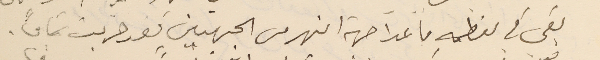
بقي في معظمهِ ما عدا جهة النهر من الجهتين فقد خربت تمامًا.